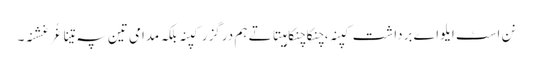
نن اسٹ ایلو اے برداشت کپنہ ، چنکاچنکا ہیتاتے ہم درگزر کپنہ بلکہ مدامی تین پہ تینا غُرغشنہ۔